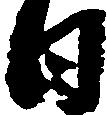
日